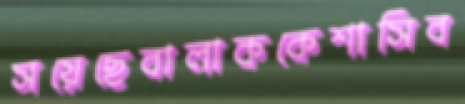
সয়েছেবালাককেশাসিব